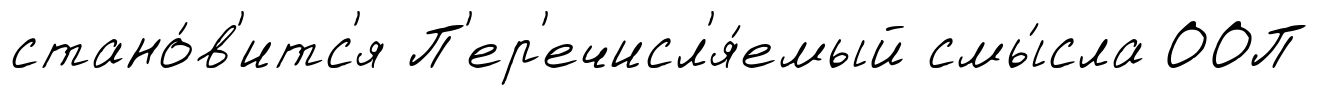
стано́в'итс'я П'ер'ечисл'я́емый смы́сла ООП